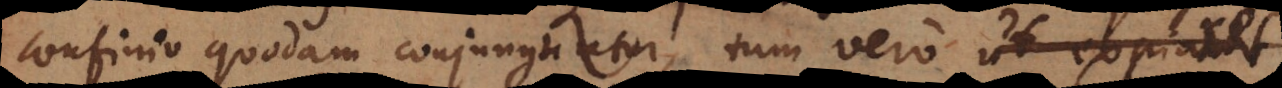
confinio quodam conjunguntur, tum vero ut exp